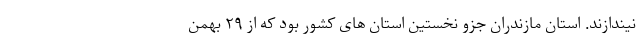
نیندازند. استان مازندران جزو نخستین استان های کشور بود که از ۲۹ بهمن